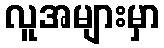
လူအများမှာ